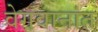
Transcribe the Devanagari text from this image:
वेगवानांत